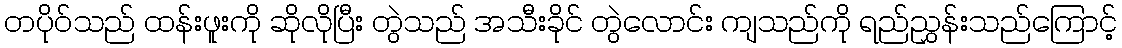
တပိုဝ်သည် ထန်းဖူးကို ဆိုလိုပြီး တွဲသည် အသီးခိုင် တွဲလောင်း ကျသည်ကို ရည်ညွှန်းသည်ကြောင့်